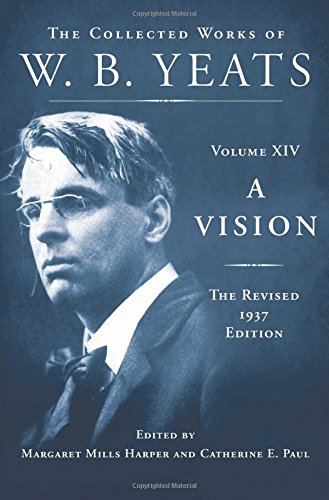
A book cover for A Vision: The Revised 1937 Edition: The Collected Works of W.B. Yeats Volume XIV; William Butler Yeats; Literature & Fiction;